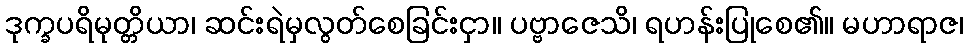
ဒုက္ခပရိမုတ္တိယာ၊ ဆင်းရဲမှလွတ်စေခြင်းငှာ။ ပဗ္ဗာဇေသိ၊ ရဟန်းပြုစေ၏။ မဟာရာဇ၊